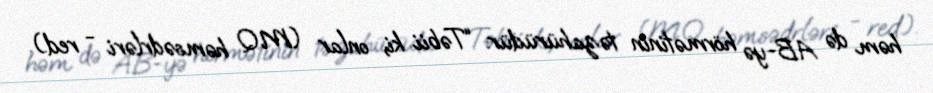
həm də AB-yə hörmətinin təzahürüdür: “Təbii ki, onlar (MQ həmsədrləri - red.).